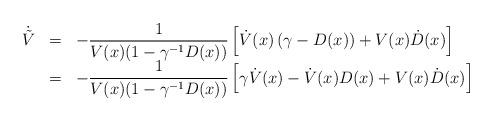
LaTeX: \begin{align*}\begin{array}{rcl}\dot{\tilde{V}} &=& -\dfrac{1}{V(x)(1 - \gamma^{-1}D(x))}\left[\dot{V}(x)\left(\gamma - D(x) \right) + V(x) \dot{D}(x) \right] \\&=& -\dfrac{1}{V(x)(1- \gamma^{-1}D(x))}\left[\gamma \dot{V}(x) - \dot{V}(x) D(x) + V(x) \dot{D}(x) \right]\end{array}\end{align*}